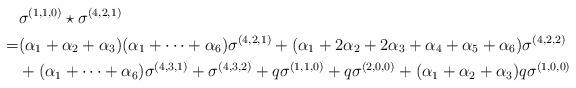
LaTeX: \begin{align*}&\sigma^{(1,1,0)}\star \sigma^{(4, 2, 1)}\\ =&(\alpha_1+\alpha_2+\alpha_3)(\alpha_1+\cdots+\alpha_6)\sigma^{(4,2,1)}+ (\alpha_1+2\alpha_2+2\alpha_3+\alpha_4+\alpha_5+\alpha_6)\sigma^{(4, 2,2)}\\ &+(\alpha_1+\cdots+\alpha_6)\sigma^{(4, 3,1)}+\sigma^{(4, 3,2)}+ q\sigma^{(1,1,0)}+q\sigma^{(2, 0,0)}+(\alpha_1+\alpha_2+\alpha_3)q\sigma^{(1,0 ,0)}\\ \end{align*}